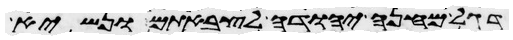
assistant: דגל מחנה יהודה לצבאתם ונשיא